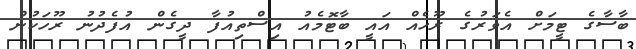
ބާސާގެ ޓީމަށް އެވަރުގެ ރޫހެއް އައީ ބާޓޮމެއު އިސްތިއުފާ ދީގެން އުފެދުނު ރޫހަކުން